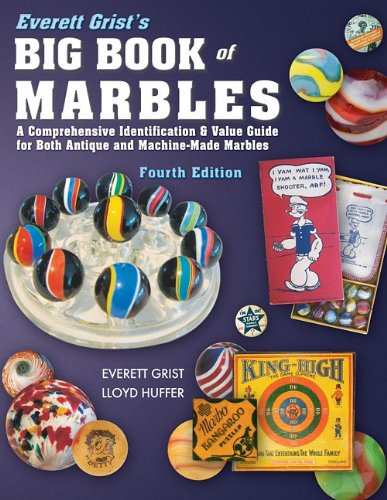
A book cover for Everett Grist's Big Book of Marbles 4th Edition; Everett Grist; Crafts, Hobbies & Home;